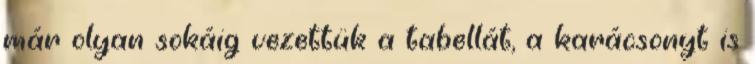
már olyan sokáig vezettük a tabellát, a karácsonyt is